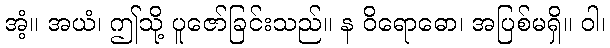
အံ့။ အယံ၊ ဤသို့ ပူဇော်ခြင်းသည်။ န ဝိရောဓော၊ အပြစ်မရှိ။ ဝါ၊